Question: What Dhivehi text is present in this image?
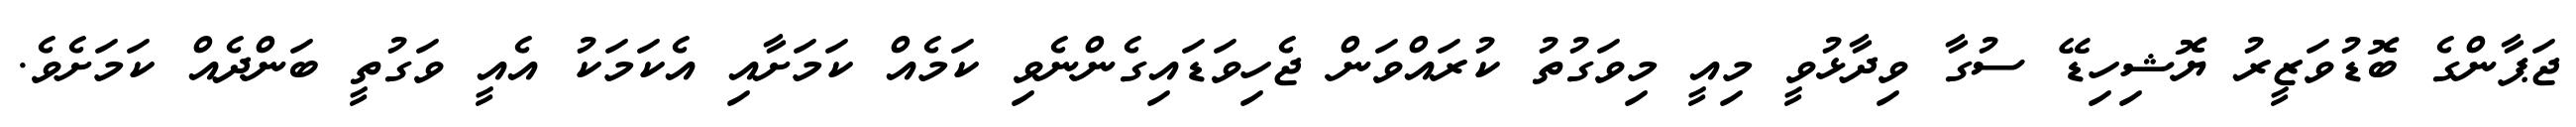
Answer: ޖަޕާންގެ ބޮޑުވަޒީރު ޔޮޝިހިޑޭ ސުގާ ވިދާޅުވީ މިއީ މިވަގުތު ކުރައްވަން ޖެހިވަޑައިގެންނެވި ކަމެއް ކަމަށާއި އެކަމަކު އެއީ ވަގުތީ ބަންދެއް ކަމަށެވެ.